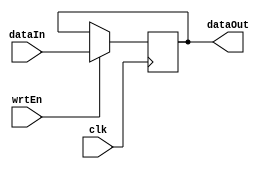
module RegisterResetless(clk, wrtEn, dataIn, dataOut);
	parameter BIT_WIDTH = 32;
	
	input clk, wrtEn;
	input[BIT_WIDTH - 1: 0] dataIn;
	output[BIT_WIDTH - 1: 0] dataOut;
	reg[BIT_WIDTH - 1: 0] dataOut = {(BIT_WIDTH){1'b0}};

	always @(negedge clk) begin
		if (wrtEn)
			dataOut <= dataIn;
	end
	
endmodule